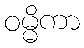
ဝမ္မိကာ